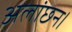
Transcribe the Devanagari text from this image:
अलांछन।